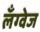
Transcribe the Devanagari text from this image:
लॅंग्वेज